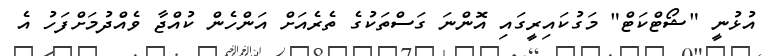
އުޅުނީ "ޝޯޓްކަޓް" މަގުކައިރީގައި އޮންނަ ގަސްތަކުގެ ތެރެއަށް އަންހެން ކުއްޖާ ވެއްދުމަށްފަހު އެ